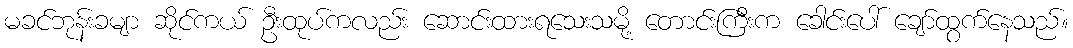
မခင်ဘုန်းခမျာ ဆိုင်ကယ် ဦးထုပ်ကလည်း ဆောင်းထားရသေးသမို့ တောင်းကြီးက ခေါင်းပေါ် ချော်ထွက်နေသည်။